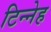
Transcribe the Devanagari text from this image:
टिन्नेह